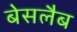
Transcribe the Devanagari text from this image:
बेसलैब